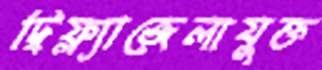
দ্বিফ্ল্যাজেলাযুক্ত